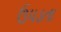
ઉપડતા